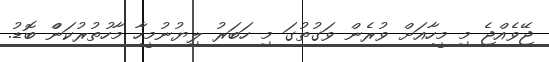
ޖޭވެއްޖެ މި މީހާއަށް ވުރެން ވަގުތުގަ މި ހަބަރު ލިޔުނުމީހާ މާހުތުރުކަަންް ބޮޑު.